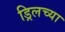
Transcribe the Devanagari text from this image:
ड्रिलच्या